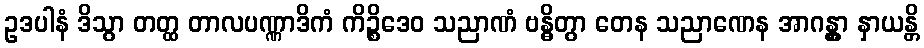
ဥဒပါနံ ဒိသွာ တတ္ထ တာလပဏ္ဏာဒိကံ ကိဉ္စိဒေဝ သညာဏံ ဗန္ဓိတွာ တေန သညာဏေန အာဂန္တွာ နှာယန္တိ